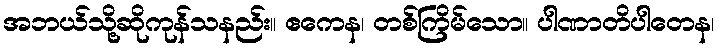
အဘယ်သို့ဆိုကုန်သနည်း။ ဧကေန၊ တစ်ကြိမ်သော။ ပါဏာတိပါတေန၊